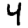
Digit: 4